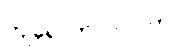
ကျရောက်လာပါက